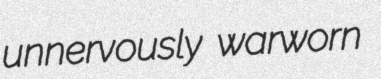
unnervously warworn